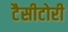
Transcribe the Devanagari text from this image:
टैसीटोरी